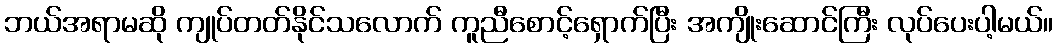
ဘယ်အရာမဆို ကျုပ်တတ်နိုင်သလောက် ကူညီစောင့်ရှောက်ပြီး အကျိုးဆောင်ကြီး လုပ်ပေးပါ့မယ်။